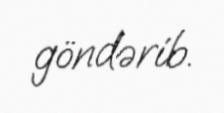
göndərib.